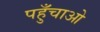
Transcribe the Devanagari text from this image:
पहुँचाओ